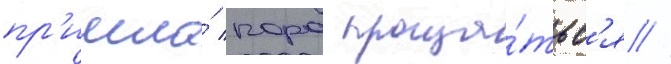
пр'ишла́ пора проща́тьс'я //